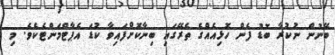
ބޭނުން ނުކުރާ ބޮޑު ފެން ހޮޅިއެއްގެ ތެރޭގައި ބިނާކޮށްފައިވާ ކުޑަ އެޕާޓްމަންޓެކެވެ. މި